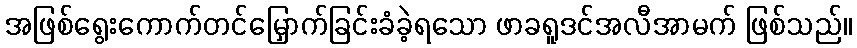
အဖြစ်ရွေးကောက်တင်မြှောက်ခြင်းခံခဲ့ရသော ဖာခရူဒင်အလီအာမက် ဖြစ်သည်။